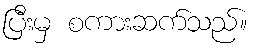
ပြီးမှ စကားဆက်သည်။